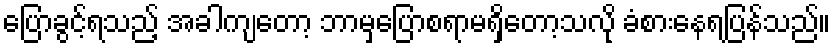
ပြောခွင့်ရသည့် အခါကျတော့ ဘာမှပြောစရာမရှိတော့သလို ခံစားနေရပြန်သည်။